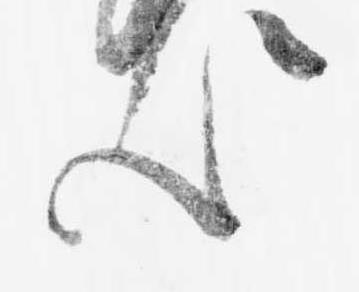
汰